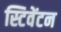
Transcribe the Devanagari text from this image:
स्टिवेंटन